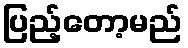
ပြည့်တော့မည်